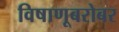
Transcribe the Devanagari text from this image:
विषाणूबरोबर